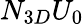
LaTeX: N_{3D}U_{0}